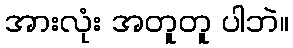
အားလုံး အတူတူ ပါဘဲ။